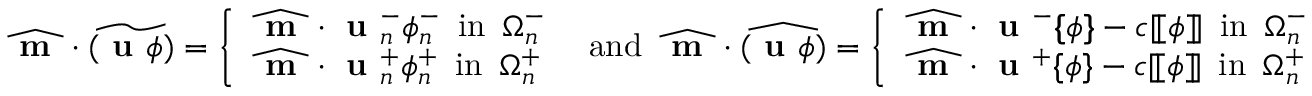
\widehat { \textbf { m } } \cdot \widetilde { ( \textbf { u } \phi ) } = \left\{ \begin{array} { l l } { \widehat { \textbf { m } } \cdot \textbf { u } _ { n } ^ { - } \phi _ { n } ^ { - } \enspace \mathrm { i n } \enspace \Omega _ { n } ^ { - } } \\ { \widehat { \textbf { m } } \cdot \textbf { u } _ { n } ^ { + } \phi _ { n } ^ { + } \enspace \mathrm { i n } \enspace \Omega _ { n } ^ { + } } \end{array} \right. \enspace \mathrm { a n d } \enspace \widehat { \textbf { m } } \cdot \widehat { ( \textbf { u } \phi ) } = \left\{ \begin{array} { l l } { \widehat { \textbf { m } } \cdot \textbf { u } ^ { - } \{ \! \! \{ \phi \} \! \! \} - c [ \! [ \phi ] \! ] \enspace \mathrm { i n } \enspace \Omega _ { n } ^ { - } } \\ { \widehat { \textbf { m } } \cdot \textbf { u } ^ { + } \{ \! \! \{ \phi \} \! \! \} - c [ \! [ \phi ] \! ] \enspace \mathrm { i n } \enspace \Omega _ { n } ^ { + } } \end{array} \right.